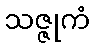
သဇ္ဇုကံ